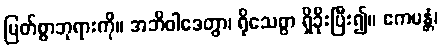
မြတ်စွာဘုရားကို။ အဘိဝါဒေတွာ၊ ရိုသေစွာ ရှိခိုးပြီး၍။ ဧကမန္တံ၊